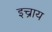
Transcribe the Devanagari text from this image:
इच्राय